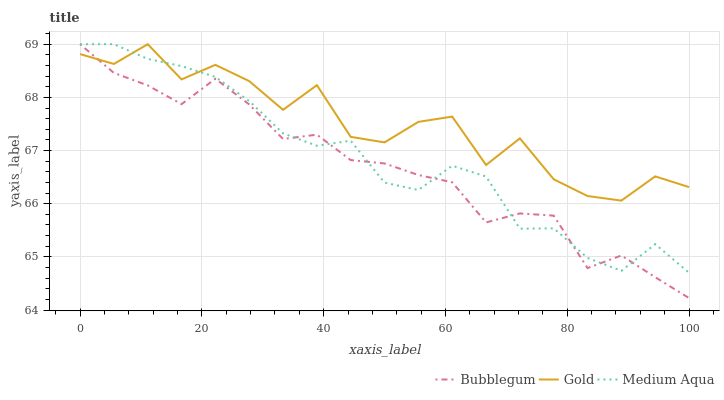
| xaxis_label | Bubblegum | Gold | Medium Aqua |
 | --- | --- | --- | --- |
 | 0 | 69 | 68.8 | 69 |
 | 5.56 | 68.5 | 68.6 | 69 |
 | 11.1 | 68.2 | 69 | 68.7 |
 | 16.7 | 67.9 | 68.3 | 68.6 |
 | 22.2 | 68.3 | 68.6 | 68.4 |
 | 27.8 | 67.9 | 68.3 | 67.9 |
 | 33.3 | 67.2 | 67.8 | 67.3 |
 | 38.9 | 67.3 | 68.2 | 67.1 |
 | 44.4 | 66.8 | 67.3 | 67.2 |
 | 50 | 66.8 | 67.2 | 66.4 |
 | 55.6 | 66.5 | 67.5 | 66.3 |
 | 61.1 | 66.4 | 67.6 | 66.7 |
 | 66.7 | 65.6 | 66.7 | 66.5 |
 | 72.2 | 65.8 | 67.2 | 65.5 |
 | 77.8 | 65.8 | 66.5 | 65.5 |
 | 83.3 | 64.8 | 66.1 | 65 |
 | 88.9 | 65 | 66.1 | 64.7 |
 | 94.4 | 64.6 | 66.5 | 65.2 |
 | 100 | 64.2 | 66.3 | 64.7 |